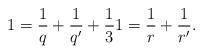
LaTeX: \begin{align*}1 = \frac 1 q +\frac 1 {q'} +\frac 1 31 = \frac 1 r +\frac 1 {r'}.\end{align*}